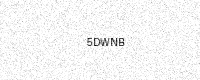
Text: 5DWNB